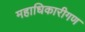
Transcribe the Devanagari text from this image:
महाधिकारीगण